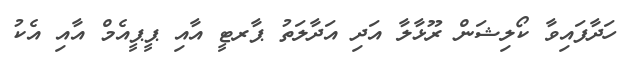
ހަދާފައިވާ ކޯލިޝަން ރޫޅާލާ އަދި އަދާލަތު ޕާރޓީ އާއި ޕީޕީއެމް އާއި އެކު